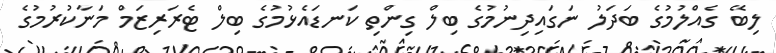
ލިބޭ ގެއްލުމުގެ ބަދަލު ނަގައިދިނުމުގެ ބިލް ގިންތި ކަނޑައެޅުމުގެ ބިލް ޓެރަރިޒަމް މަނާކުރުމުގެ